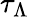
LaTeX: \tau_{\Lambda}